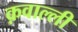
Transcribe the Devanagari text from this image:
क़वाल्ली